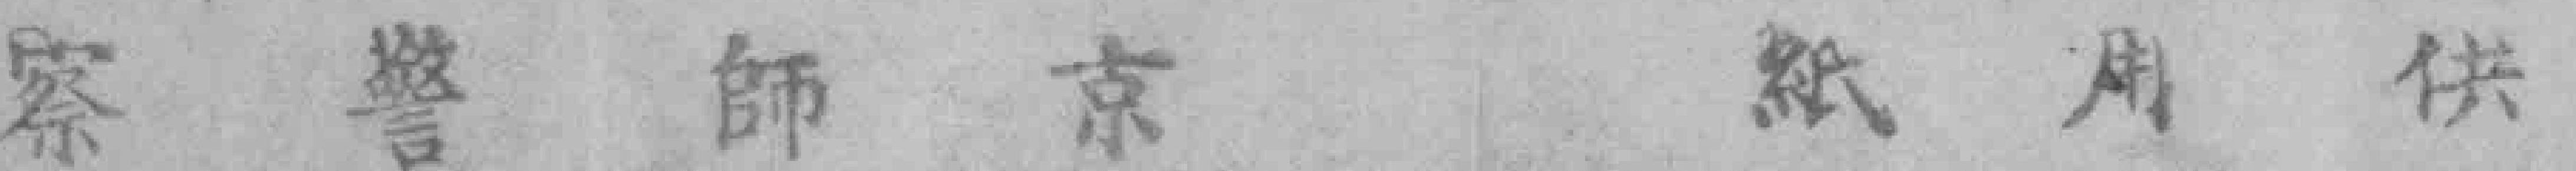
察警師京紙用供